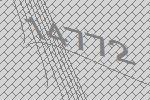
14772